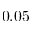
0 . 0 5